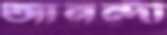
আনন্দী